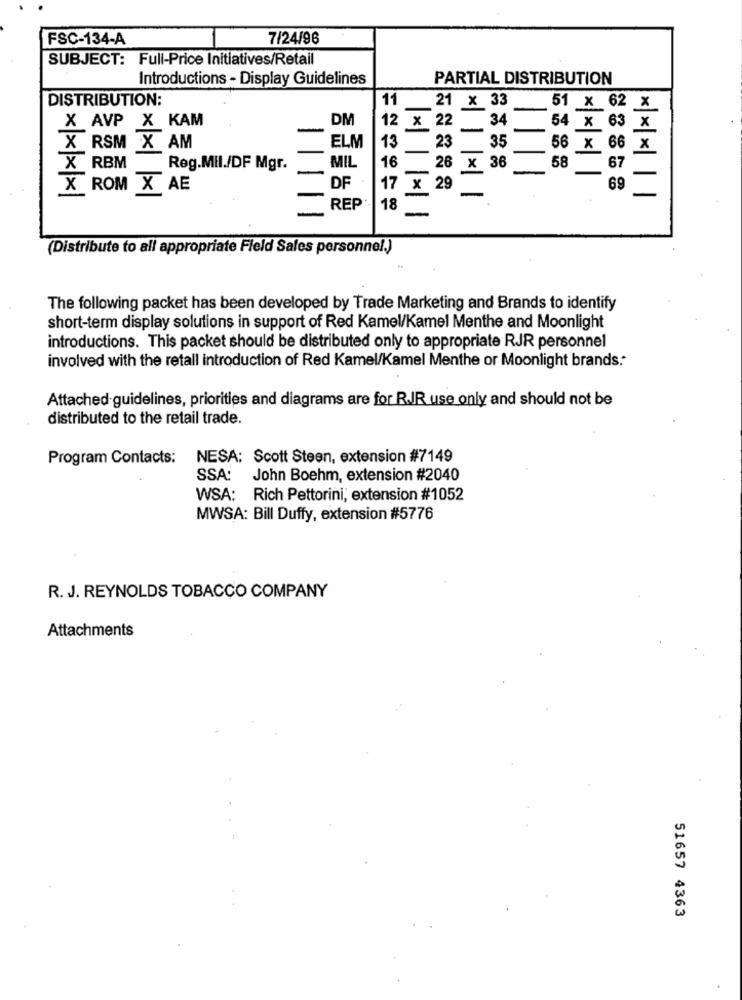
FSC-134-A
7/24/96
SUBJECT: Full-Price Initiatives/Retail
Introductions - Display Guidelines
PARTIAL DISTRIBUTION
DISTRIBUTION:
11
21 x 33
51 x 62
_X
X AVP X KAM
DM
12 x 22 34
54 x 63
X
23
X RSM X AM
ELM
13
35
56 x 66 X
16
X RBM Reg.Mil./DF Mgr.
MIL
26 x 36
58
X ROM X AE
DF
17 x 29
69
-
REP
18
(Distribute to all appropriate Field Sales personnel.)
The following packet has been developed by Trade Marketing and Brands to identify
short-term display solutions in support of Red Kamel/Kamel Menthe and Moonlight
introductions. This packet should be distributed only to appropriate RJR personnel
involved with the retall introduction of Red Kamel/Kamel Menthe or Moonlight brands .*
Attached guidelines, priorities and diagrams are for RJR use only and should not be
distributed to the retail trade.
Program Contacts:
NESA: Scott Steen, extension #7149
SSA: John Boehm, extension #2040
WSA: Rich Pettorini, extension #1052
MWSA: Bill Duffy, extension #5776
R. J. REYNOLDS TOBACCO COMPANY
Attachments
51657 4363